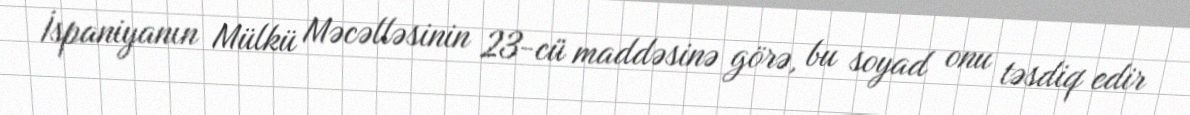
İspaniyanın Mülkü Məcəlləsinin 23-cü maddəsinə görə, bu soyad onu təsdiq edir